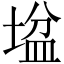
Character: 𡎛